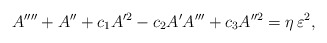
\begin{align*}A''''+A''+{c}_{1}A'^{2}-{c}_{2}A'A'''+{c}_{3}A''^{2} = \eta\,\varepsilon^2,\end{align*}